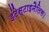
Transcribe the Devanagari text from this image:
इंटेस्टाइनैलिस।